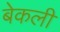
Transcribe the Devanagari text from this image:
बेकली